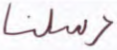
رسلنا